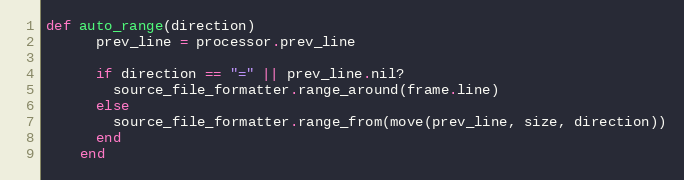
Language: Ruby
def auto_range(direction)
      prev_line = processor.prev_line

      if direction == "=" || prev_line.nil?
        source_file_formatter.range_around(frame.line)
      else
        source_file_formatter.range_from(move(prev_line, size, direction))
      end
    end